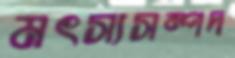
মৎস্যসম্পদ